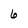
Character: 6